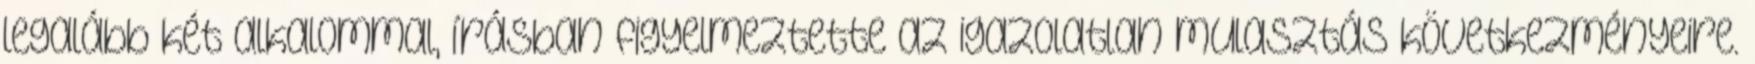
legalább két alkalommal, írásban figyelmeztette az igazolatlan mulasztás következményeire.